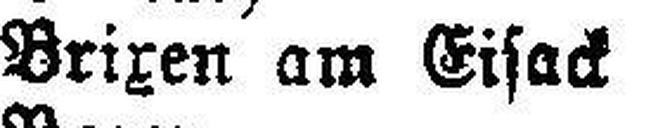
Brixen am Eisack